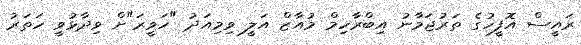
ރައީސް އޮފީހުގެ ތަރުޖަމާނު އިބްރާހިމް މުއާޒް އަލީ ވިމިއަދު "ހަވީރަ"ށް ވިދާޅުވީ ހަތަރު